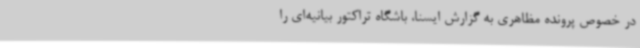
در خصوص پرونده مظاهری به گزارش ایسنا، باشگاه تراکتور بیانیه‌ای را